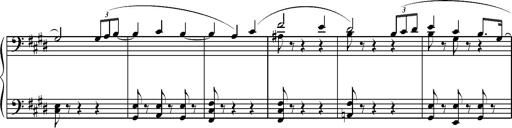
Title: Pilgerchor aus TannhÃ¤user
Composer: Franz Liszt